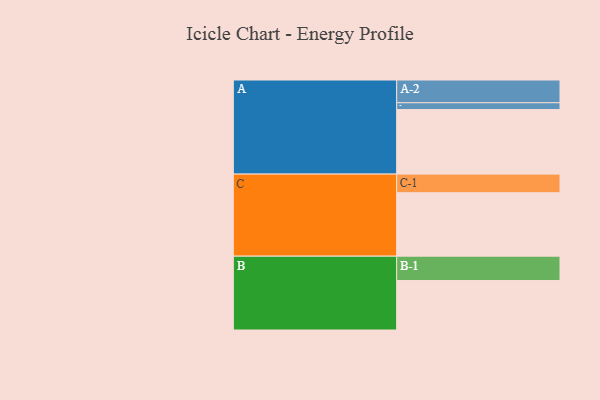
{"axis": {"x": "Segment", "y": "Value"}, "legend": ["", "A", "B", "C"], "data": [{"x": "A", "y": 579, "type": ""}, {"x": "B", "y": 444, "type": ""}, {"x": "C", "y": 569, "type": ""}, {"x": "A-1", "y": 61, "type": "A"}, {"x": "A-2", "y": 204, "type": "A"}, {"x": "B-1", "y": 218, "type": "B"}, {"x": "C-1", "y": 167, "type": "C"}]}